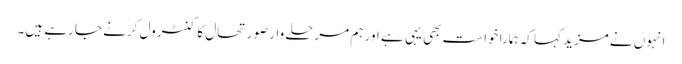
انہوں نے مزید کہا کہ ہمارا خواست بھی یہی ہے اور ہم مرحلے وار صورتحال کا کنٹرول کرنے جا رہے ہیں۔